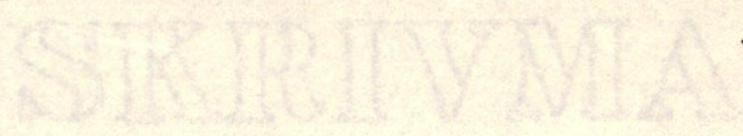
SKRIVMA